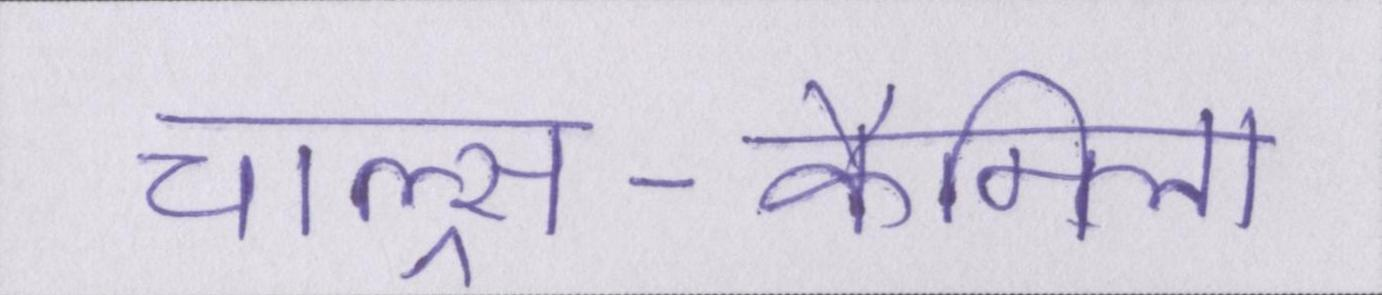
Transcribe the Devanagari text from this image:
चाल्र्स-कैमिला